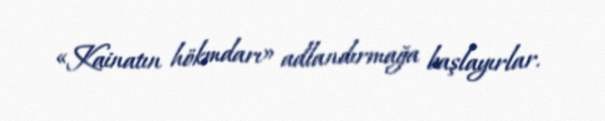
«Kainatın hökmdarı» adlandırmağa başlayırlar.